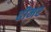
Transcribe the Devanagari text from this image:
ढीमर